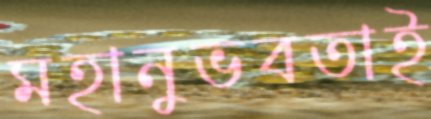
মহানুভবতাই